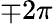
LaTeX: \mp 2\pi